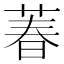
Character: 萶